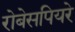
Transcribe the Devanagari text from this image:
रोबेसपियरे